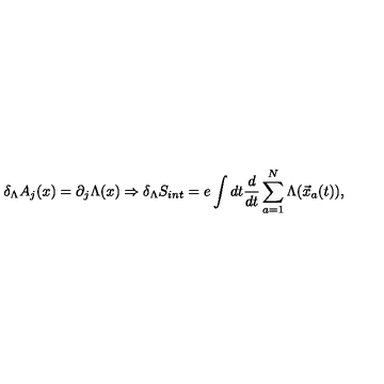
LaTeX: \delta _ { \Lambda } A _ { j } ( x ) = \partial _ { j } \Lambda ( x ) \Rightarrow \delta _ { \Lambda } S _ { i n t } = e \int d t \frac { d } { d t } \sum _ { a = 1 } ^ { N } \Lambda ( { \vec { x } } _ { a } ( t ) ) ,